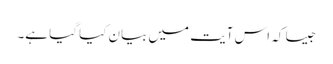
جیسا کہ اس آیت میں بیان کیا گیا ہے۔